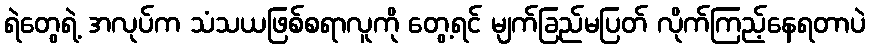
ရဲတွေရဲ့ အလုပ်က သံသယဖြစ်စရာလူကို တွေ့ရင် မျက်ခြည်မပြတ် လိုက်ကြည့်နေရတာပဲ